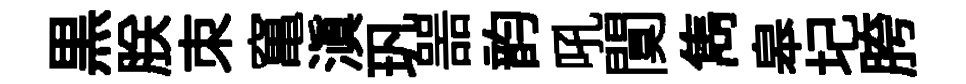
黒朕朿𥧄滇㺬噐韵吼闃雋皋圮胯